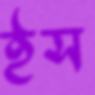
ইস